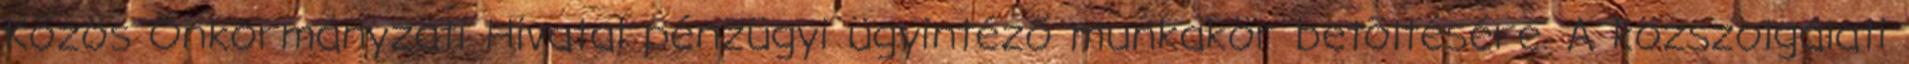
Közös Önkormányzati Hivatal pénzügyi ügyintéző munkakör betöltésére. A közszolgálati